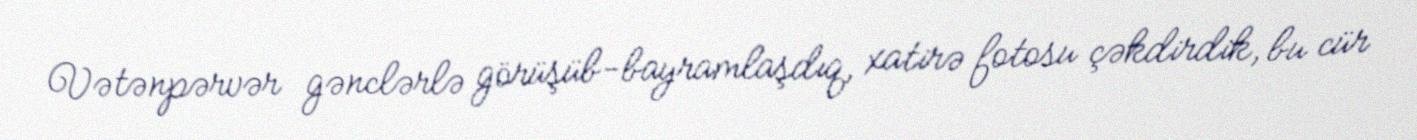
Vətənpərvər gənclərlə görüşüb-bayramlaşdıq, xatirə fotosu çəkdirdik, bu cür